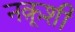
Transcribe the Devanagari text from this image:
नक़ूशी